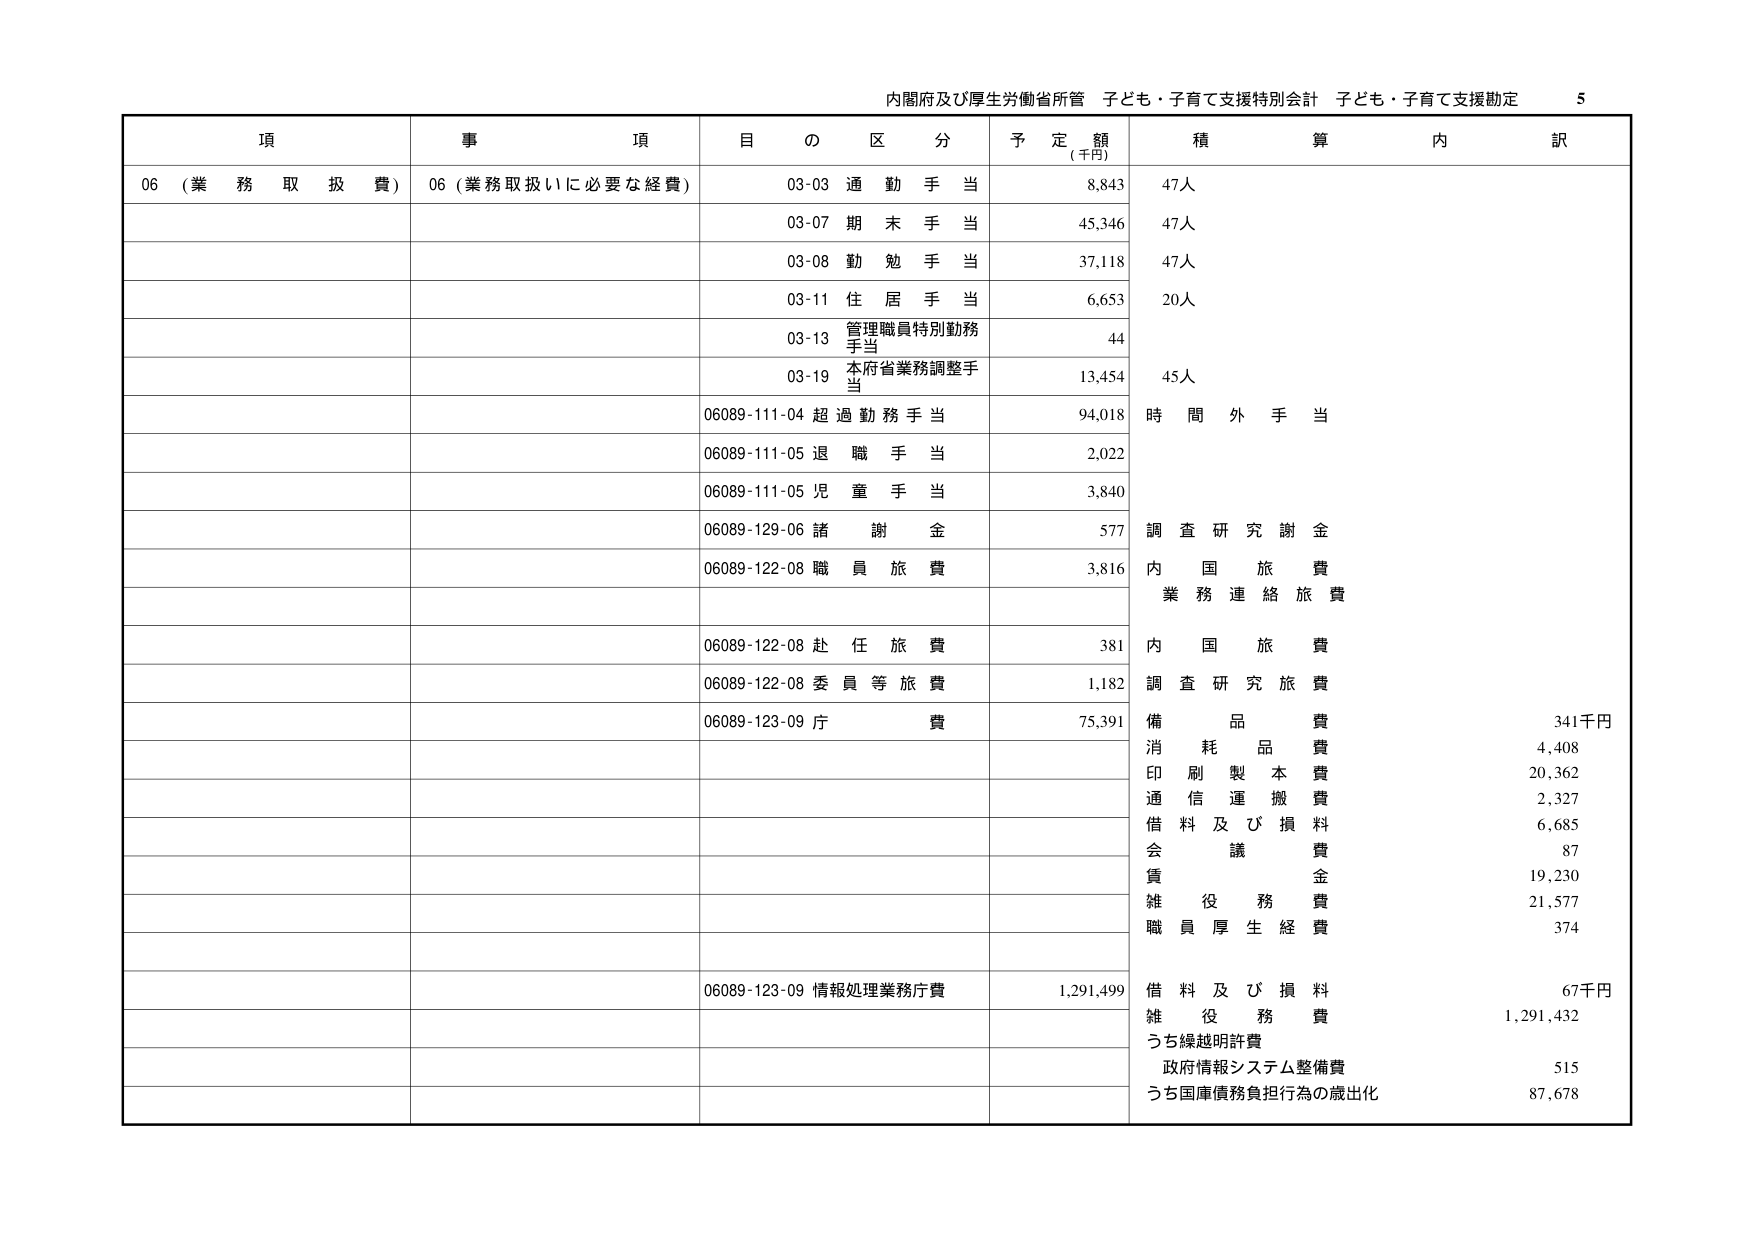
内閣府及び厚生労働省所管 子ども・子育て支援特別会計 子ども・子育て支援勘定 5

項 事 項 目 の 区 分 予 定 額 (千円) 積 算 内 訳

06 (業務取扱費) 06 (業務取扱いに必要な経費) 03-03 通勤手当 8,843 47人
03-07 期末手当 45,346 47人
03-08 勤勉手当 37,118 47人
03-11 住居手当 6,653 20人
03-13 管理職員特別勤務手当 44
03-19 本府省業務調整手当 13,454 45人
06089-111-04 超過勤務手当 94,018 時間外手当
06089-111-05 退職手当 2,022
06089-111-05 児童手当 3,840
06089-129-06 諸謝金 577 調査研究謝金
06089-122-08 職員旅費 3,816 内国旅費 業務連絡旅費
06089-122-08 赴任旅費 381 内国旅費
06089-122-08 委員等旅費 1,182 調査研究旅費
06089-123-09 庁費 75,391 備品費 341千円
消耗品費 4,408
印刷製本費 20,362
通信運搬費 2,327
借料及び損料 6,685
会議費 87
賃金 19,230
雑役務費 21,577
職員厚生経費 374
06089-123-09 情報処理業務庁費 1,291,499 借料及び損料 67千円
雑役務費 1,291,432
うち繰越明許費
政府情報システム整備費 515
うち国庫債務負担行為の歳出化 87,678